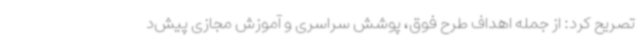
تصریح کرد: از جمله اهداف طرح فوق، پوشش سراسری و آموزش مجازی پیش‌د